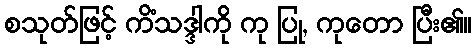
စသုတ်ဖြင့် ကိံသဒ္ဒါကို ကု ပြု, ကုတော ပြီး၏။